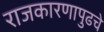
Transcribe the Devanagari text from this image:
राजकारणापुढचे